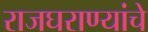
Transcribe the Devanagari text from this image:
राजघराण्यांचे